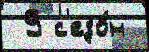
 9 с'езо́н